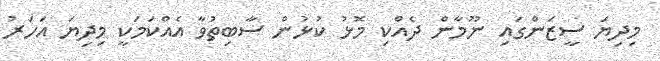
މިދިޔަ ސީޒަންގައި ނޫމާން ދެއްކި މޮޅު ކުޅުން ސާބިތުވާ އެއްކަމަކީ މިދިޔަ އަހަރު